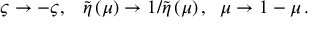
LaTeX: \varsigma \rightarrow - \varsigma , { \LARGE \ \; } \tilde { \eta } \left( \mu \right) \rightarrow 1 / \tilde { \eta } \left( \mu \right) , \; \; \mu \rightarrow 1 - \mu \, .